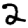
Digit: 2